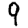
Digit: 9